65_HS1-834228961_62-HQ-83894_Serial_164
Agency: FBI
Page 35
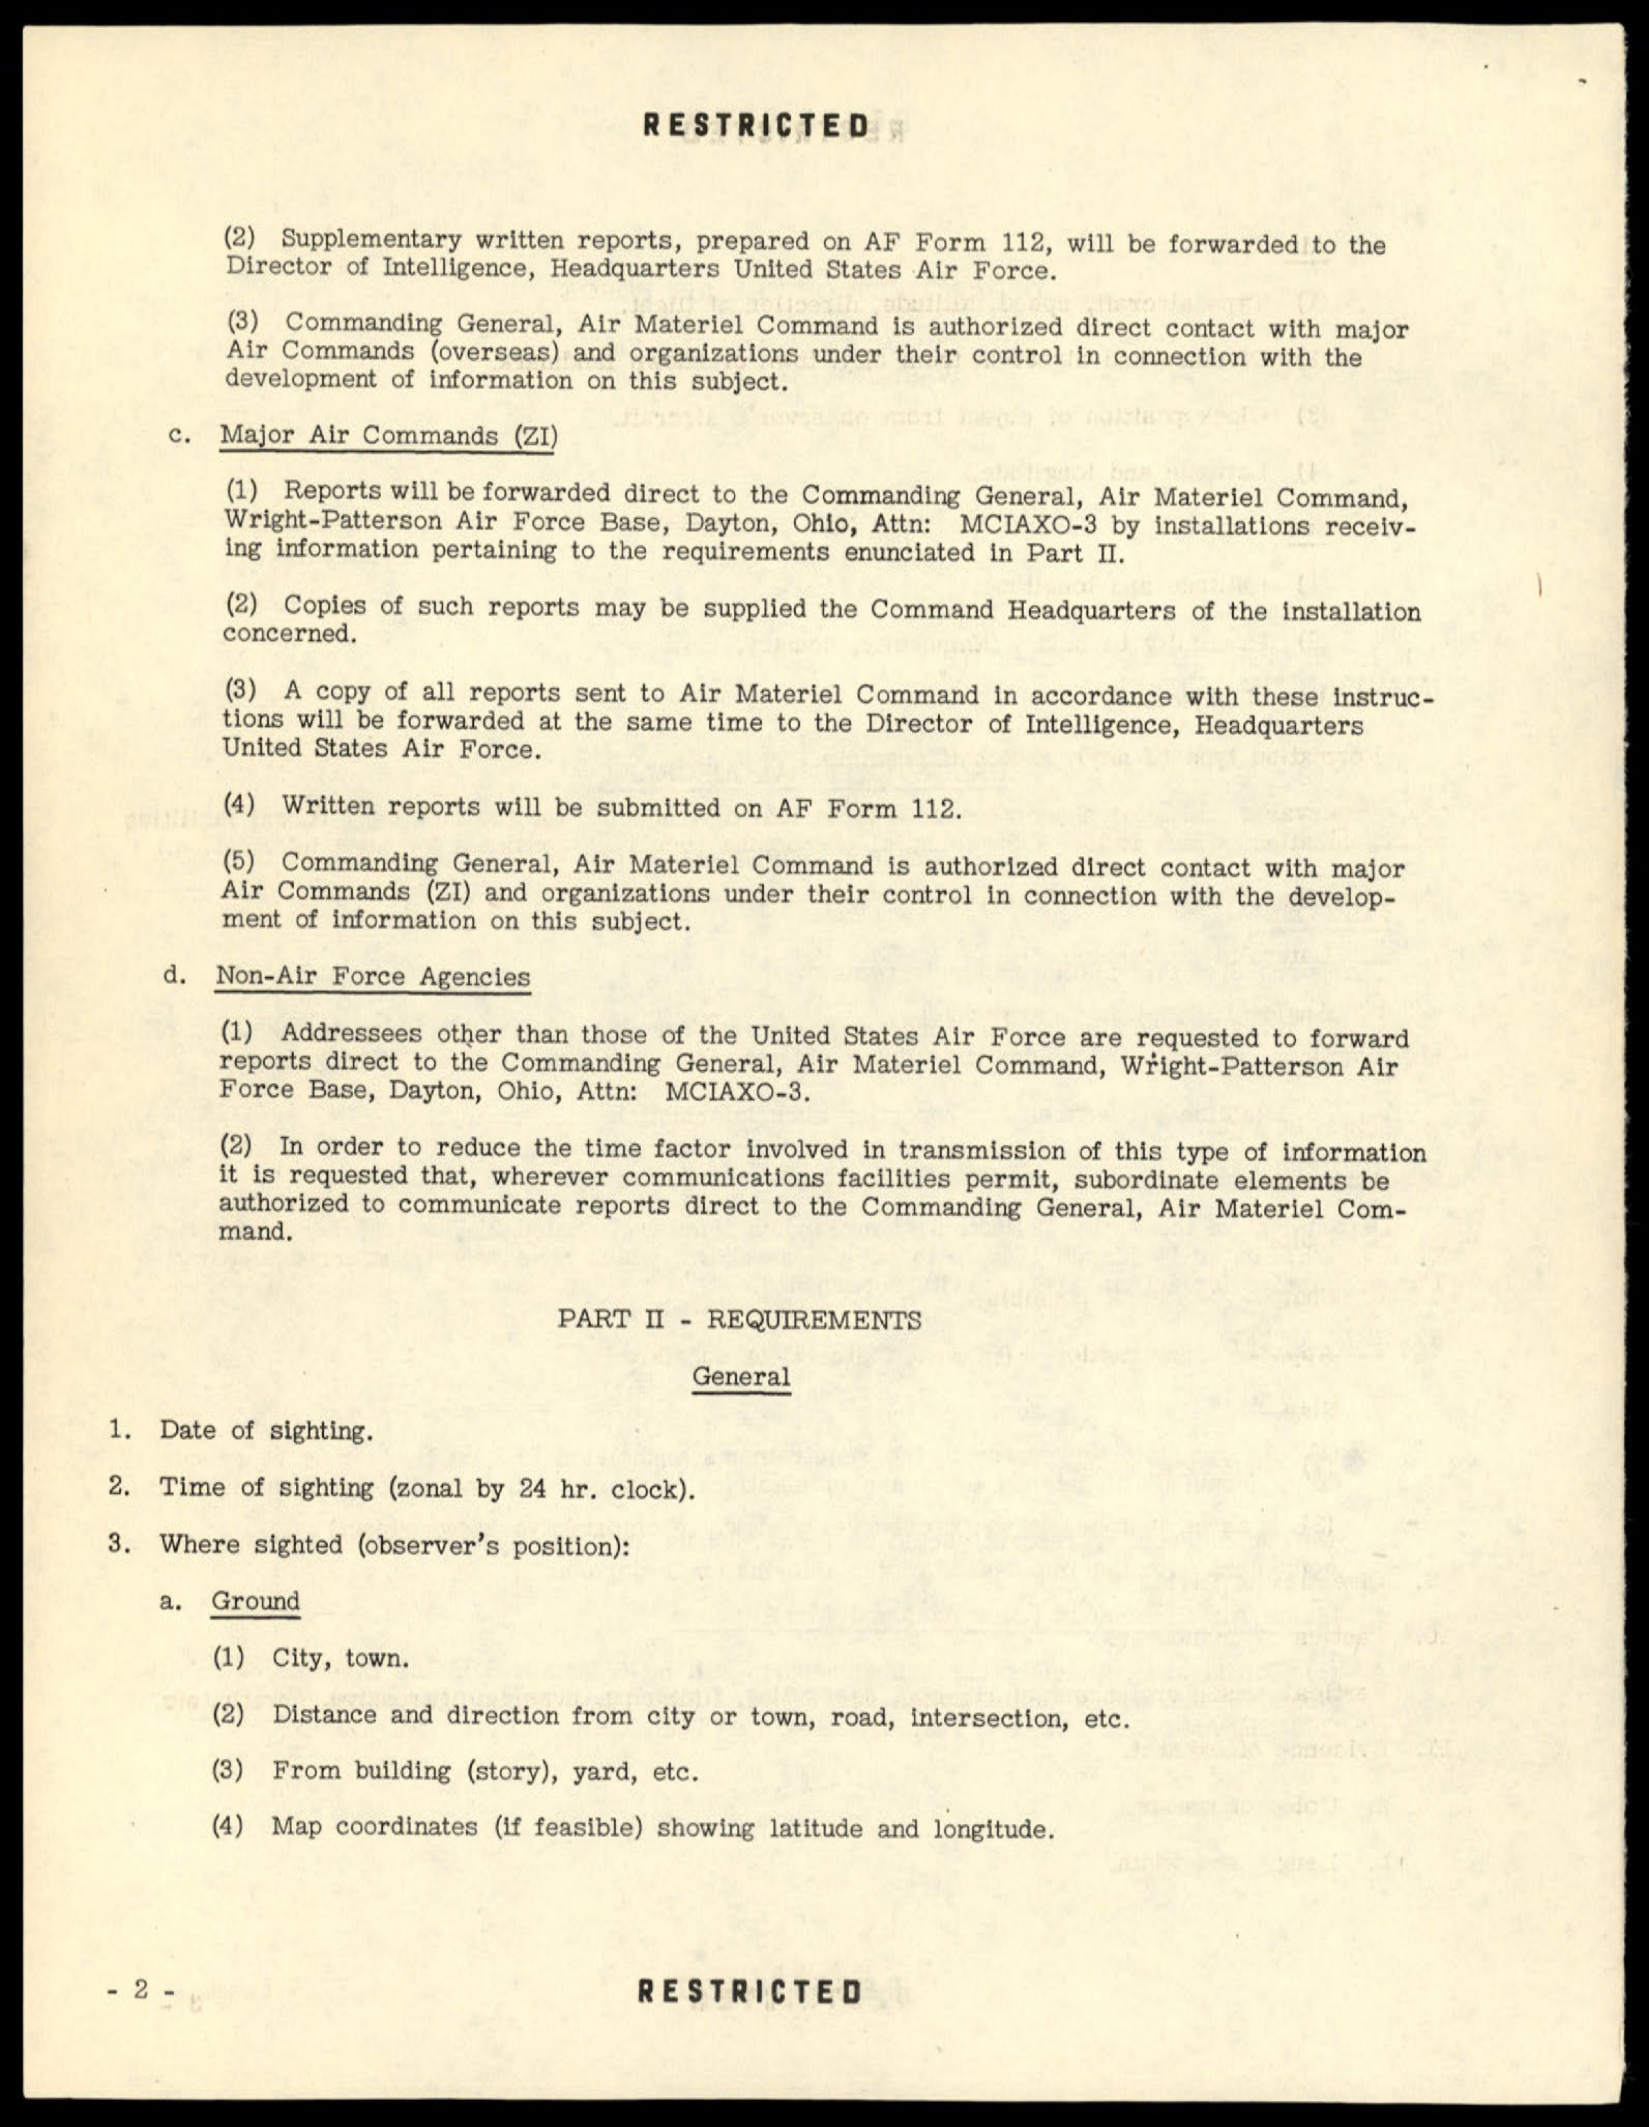